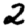
Digit: 2